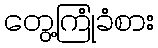
တွေ့ကြုံခံစား